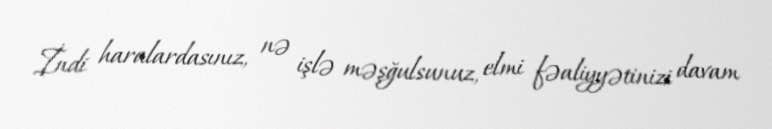
İndi haralardasınız, nə işlə məşğulsunuz, elmi fəaliyyətinizi davam